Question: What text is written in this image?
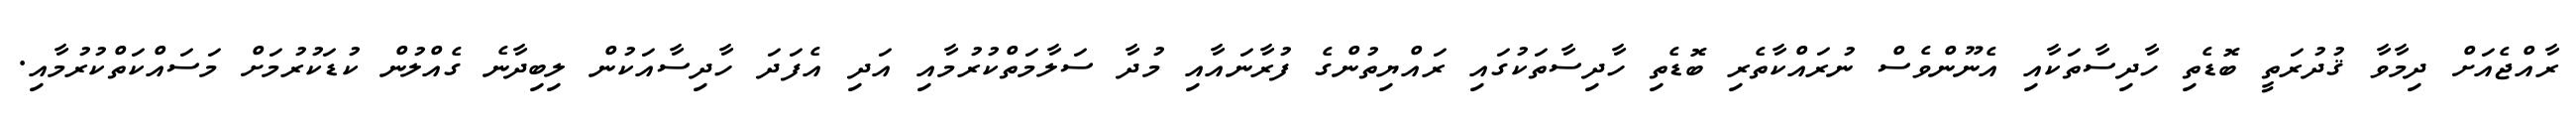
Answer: ރާއްޖެއަށް ދިމާވާ ޤުދުރަތީ ބޮޑެތި ހާދިސާތަކާއި އެނޫންވެސް ނުރައްކާތެރި ބޮޑެތި ހާދިސާތަކުގައި ރައްޔިތުންގެ ފުރާނައާއި މުދާ ސަލާމަތްކުރުމާއި އަދި އެފަދަ ހާދިސާއަކުން ލިބިދާނެ ގެއްލުން ކުޑަކުރުމަށް މަސައްކަތްކުރުމާއި.